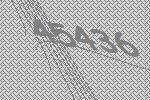
45436